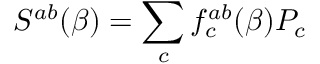
S ^ { a b } ( \beta ) = \sum _ { c } f _ { c } ^ { a b } ( \beta ) { \cal P } _ { c }